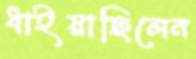
ধাইয়াছিলেন